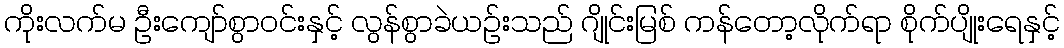
ကိုးလက်မ ဦးကျော်စွာဝင်းနှင့် လွန်စွာခဲယဉ်းသည် ဂျိုင်းမြစ် ကန်တော့လိုက်ရာ စိုက်ပျိုးရေနှင့်